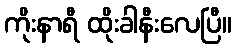
ကိုးနာရီ ထိုးခါနီးလေပြီ။